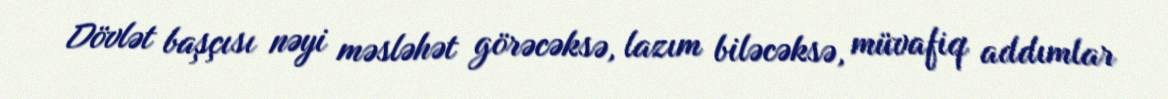
Dövlət başçısı nəyi məsləhət görəcəksə, lazım biləcəksə, müvafiq addımlar